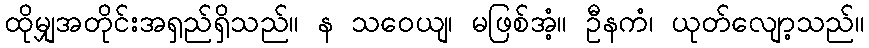
ထိုမျှအတိုင်းအရှည်ရှိသည်။ န သဝေယျ၊ မဖြစ်အံ့။ ဦနကံ၊ ယုတ်လျော့သည်။